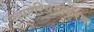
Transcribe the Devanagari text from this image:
रूपपश्चिमीकरण